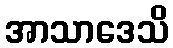
အာသာဒေသိ